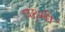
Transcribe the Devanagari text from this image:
पक्ष्मी